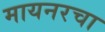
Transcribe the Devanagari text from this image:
मायनरचा